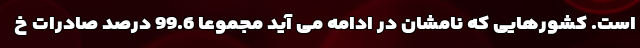
است. کشورهایی که نامشان در ادامه می آید مجموعا 99.6 درصد صادرات خ